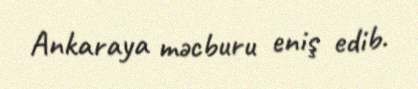
Ankaraya məcburu eniş edib.